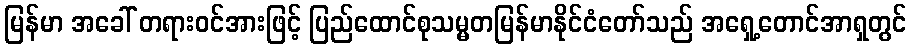
မြန်မာ အခေါ် တရားဝင်အားဖြင့် ပြည်ထောင်စုသမ္မတမြန်မာနိုင်ငံတော်သည် အရှေ့တောင်အာရှတွင်